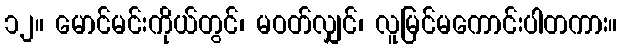
၁၂။ မောင်မင်းကိုယ်တွင်၊ မဝတ်လျှင်၊ လူမြင်မကောင်းပါတကား။